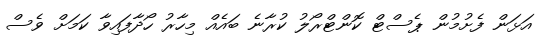
އަޅަން ފެށުމުން ޕެސްޓް ކޮންޓްރޯލު ކުރާނެ ބައެއް މިހާރު ހޯދާފައިވާ ކަމަށް ވެސް